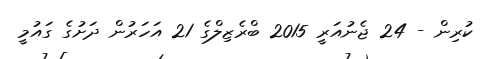
ކުރިން - 24 ޖެނުއަރީ 2015 ބްރެޒިލްގެ 21 އަހަރުން ދަށުގެ ގައުމީ